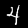
Digit: 4